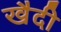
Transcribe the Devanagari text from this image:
खैदी